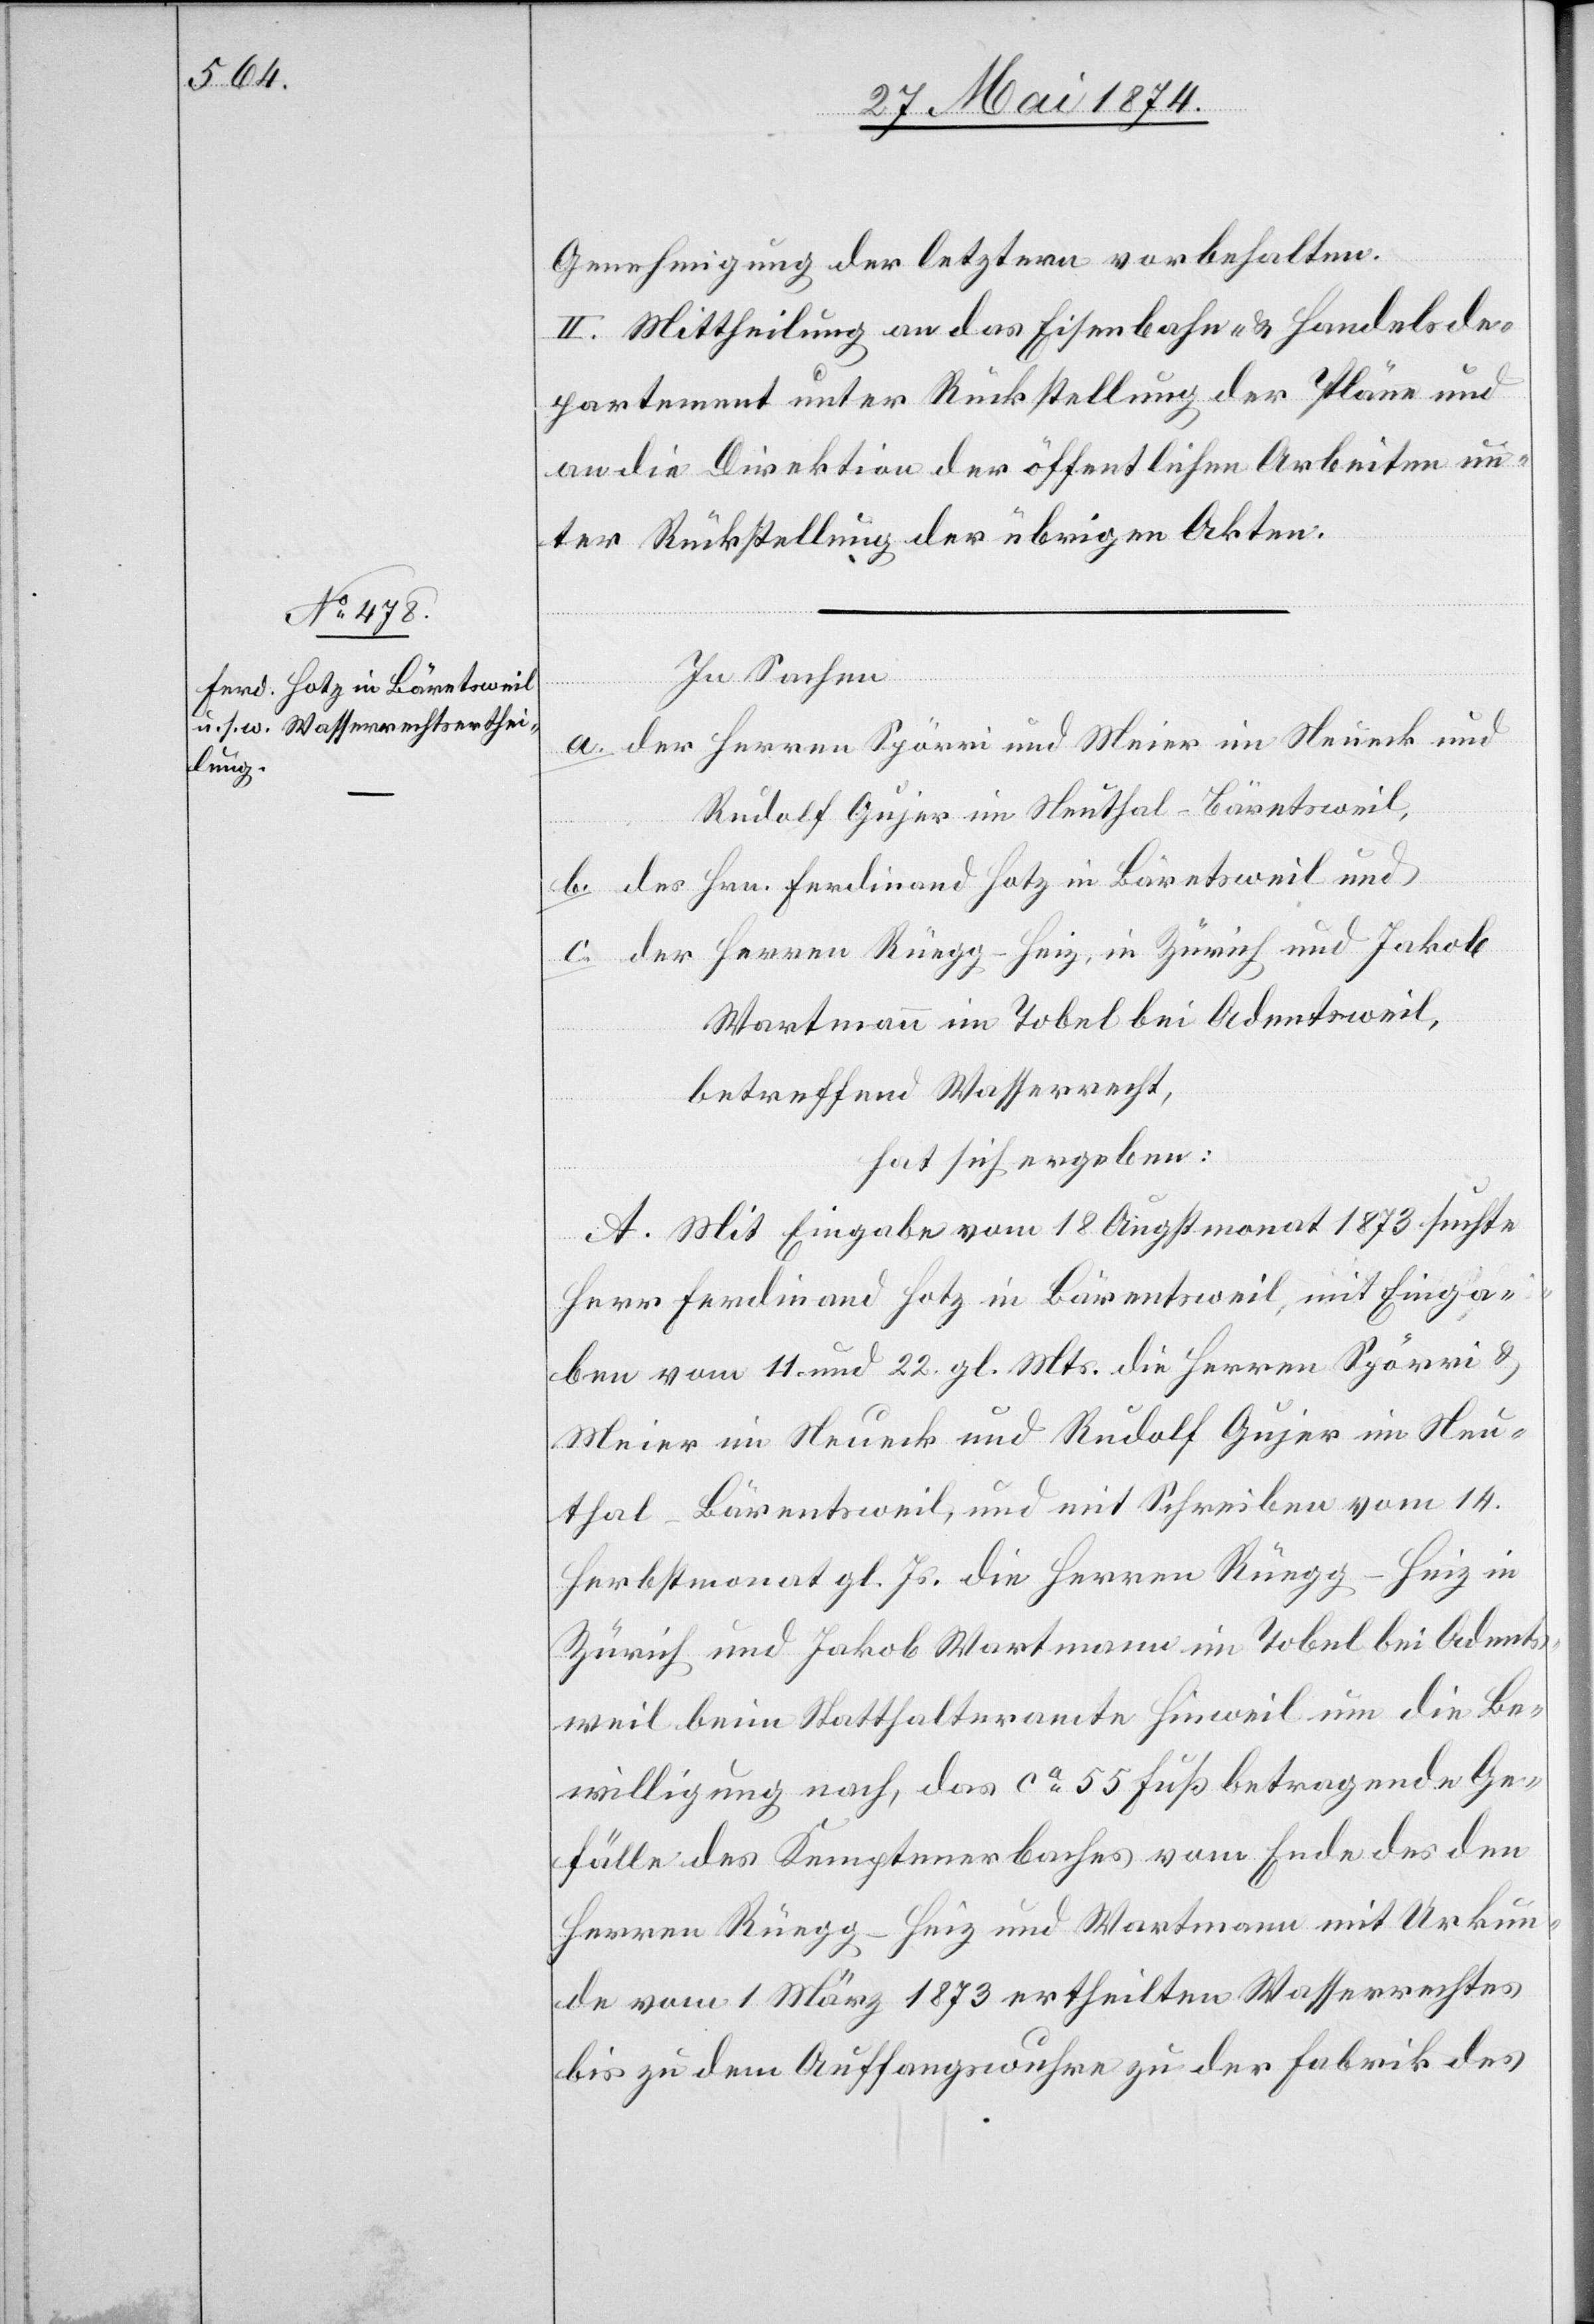
Genehmigung der letztern vorbehalten.
II. Mittheilung an das Eisenbahn- u. Handelsde¬
partement unter Rückstellung der Pläne und
an die Direktion der öffentlichen Arbeiten un¬
ter Rückstellung der übrigen Akten.
In Sachen
a. der Herren Spörri und Meier in Neueck und
Rudolf Gujer in Neuthal-Bäretsweil,
b. des Hrn. Ferdinand Hotz in Bäretsweil und
c. der Herren Rüegg-Heiz, in Zürich und Jakob
Wartmann in Tobel bei Adentsweil,
betreffend Wasserrecht,
hat sich ergeben:
A. Mit Eingabe vom 18. Augstmonat 1873 suchte
Herr Ferdinand Hotz in Bärentsweil [sic!], mit Einga¬
ben vom 11. und 22. gl. Mts. die Herren Spörri u.
Meier in Neueck und Rudolf Gujer in Neu¬
thal-Bärentsweil, und mit Schreiben vom 14.
Herbstmonat gl. Js. die Herren Rüegg-Heiz in
Zürich und Jakob Wartmann im Tobel bei Adents¬
weil beim Statthalteramte Hinweil um die Be¬
willigung nach, das ca 55 Fuß betragende Ge¬
fälle des Kemptenerbaches vom Ende des den
Herren Rüegg-Heiz und Wartmann mit Urkun¬
de vom 1. März 1873 ertheilten Wasserrechtes
bis zu dem Auffangswuhre zu der Fabrik des